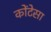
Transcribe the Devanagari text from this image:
कोंटेसा